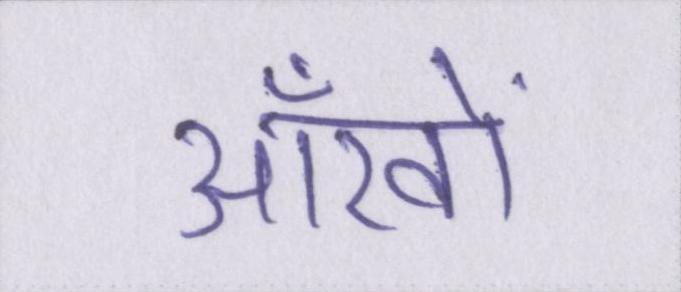
आँखों